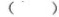
（ )